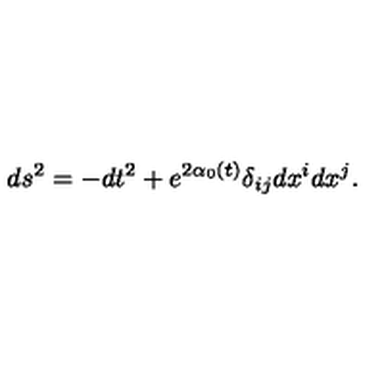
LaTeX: d s ^ { 2 } = - d t ^ { 2 } + e ^ { 2 \alpha _ { 0 } ( t ) } \delta _ { i j } d x ^ { i } d x ^ { j } .